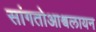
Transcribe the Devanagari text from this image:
सांगतोआश्वलायन